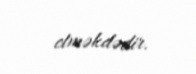
etməkdədir.